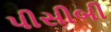
પીસીબી